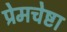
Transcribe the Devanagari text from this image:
प्रेमचेष्टा